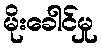
မိုးခေါင်မှု